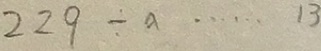
2 2 9 \div a \cdots 1 3